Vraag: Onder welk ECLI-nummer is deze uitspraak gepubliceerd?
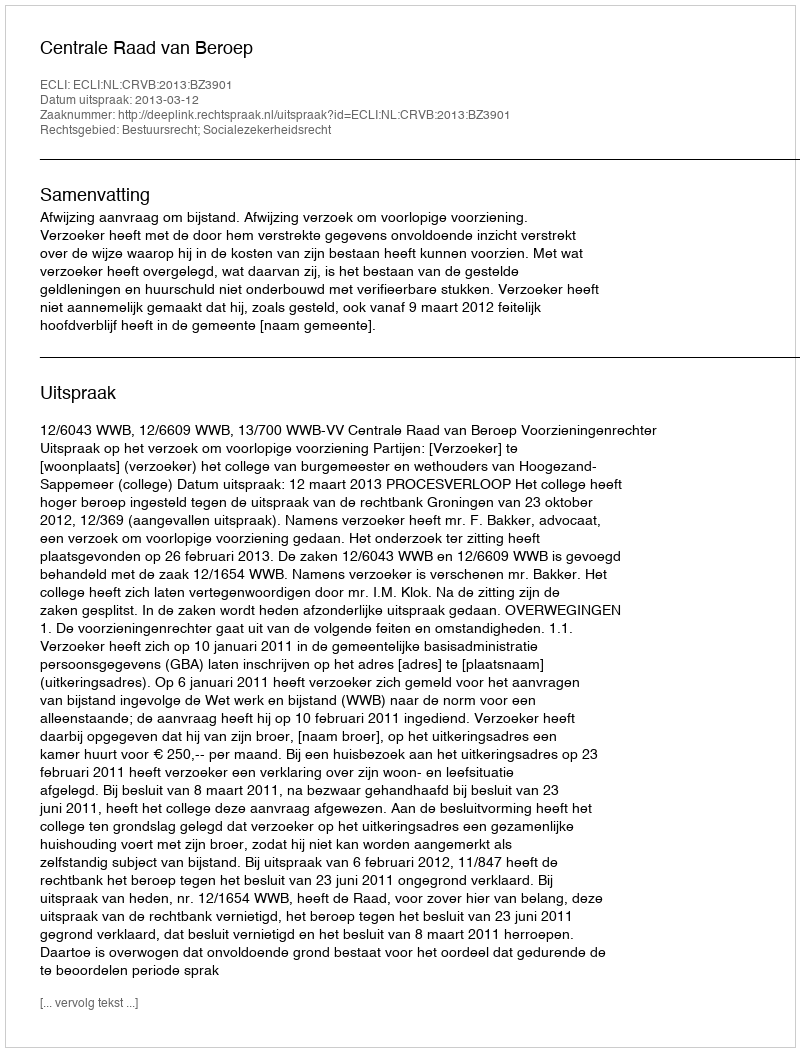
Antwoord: ECLI:NL:CRVB:2013:BZ3901